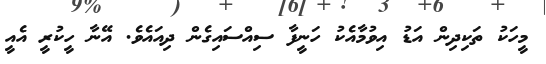
މީހަކު ތަކިދިން އަޑު އިވުމާއެކު ހަނީފާ ސިއްސައިގެން ދިއައެވެ. އޭނާ ހީކުރީ އެއީ